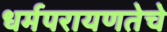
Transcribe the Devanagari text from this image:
धर्मपरायणतेचे